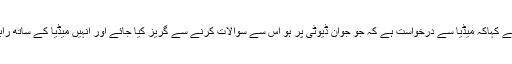
ڈی جی آئی ایس پی آر نے کہاکہ میڈیا سے درخواست ہے کہ جو جوان ڈیوٹی پر ہو اس سے سوالات کرنے سے گریز کیا جائے اور انہیں میڈیا کے ساتھ رابطے میں نہیں لیا جائے۔